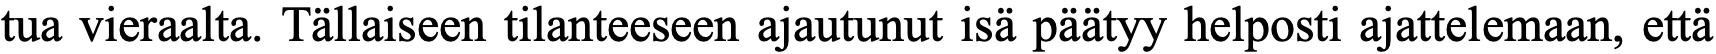
tua vieraalta. Tällaiseen tilanteeseen ajautunut isä päätyy helposti ajattelemaan, että